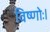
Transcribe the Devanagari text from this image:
विष्णोः।